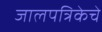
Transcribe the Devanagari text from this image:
जालपत्रिकेचे